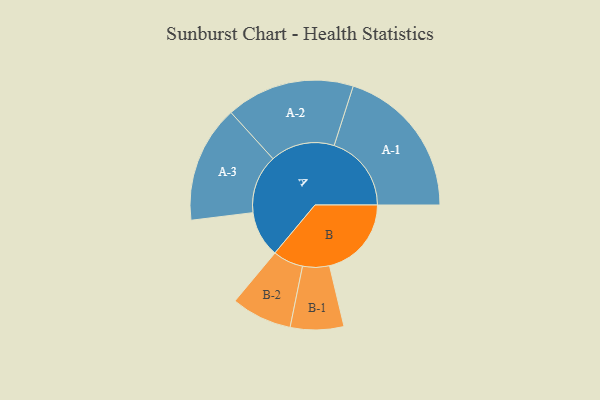
{"axis": {"x": "Segment", "y": "Value"}, "legend": ["", "A", "B"], "data": [{"x": "A", "y": 178, "type": ""}, {"x": "B", "y": 316, "type": ""}, {"x": "A-1", "y": 298, "type": "A"}, {"x": "A-2", "y": 248, "type": "A"}, {"x": "A-3", "y": 226, "type": "A"}, {"x": "B-1", "y": 103, "type": "B"}, {"x": "B-2", "y": 117, "type": "B"}]}